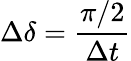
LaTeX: \Delta\delta=\frac{\pi/2}{\Delta t}